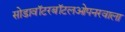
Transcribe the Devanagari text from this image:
सोडावॉटरबॉटलओपनरवाला